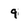
Character: 9